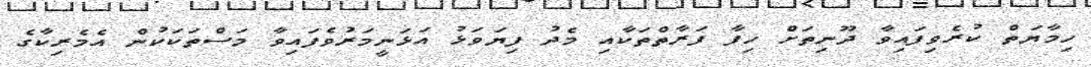
ހިމާޔަތް ކުރެވިފައިވާ ދޫނިތަށް ހިފާ ފަރާތްތަކާއި މެދު ފިޔަވަޅު އަޅަނީމަރުވެފައިވާ މަސްތަކަކުން އެމެރިކާގެ